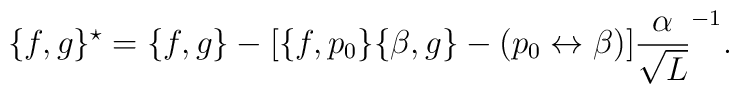
\{f,g\}^{\star} = \{f,g\}-[\{f,p_0\}\{\beta ,g\}-(p_0\leftrightarrow \beta )]\frac{\alpha}{\sqrt{L}}^{-1}.